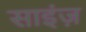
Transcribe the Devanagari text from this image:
साइंज़